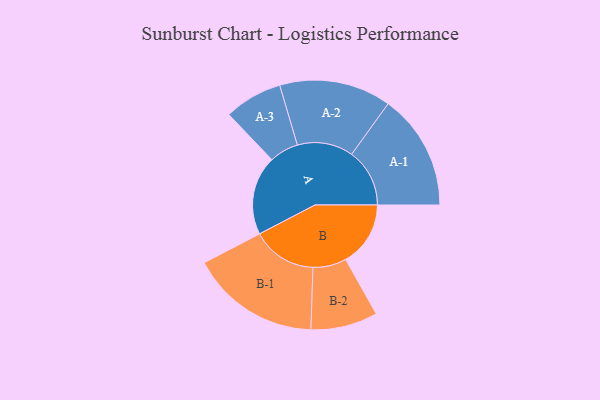
{"axis": {"x": "Segment", "y": "Value"}, "legend": ["", "A", "B"], "data": [{"x": "A", "y": 345, "type": ""}, {"x": "B", "y": 283, "type": ""}, {"x": "A-1", "y": 253, "type": "A"}, {"x": "A-2", "y": 244, "type": "A"}, {"x": "A-3", "y": 127, "type": "A"}, {"x": "B-1", "y": 283, "type": "B"}, {"x": "B-2", "y": 146, "type": "B"}]}